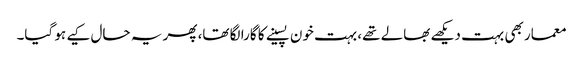
معمار بھی بہت دیکھے بھالے تھے، بہت خون پسینے کا گارا لگا تھا، پھر یہ حال کیے ہو گیا۔